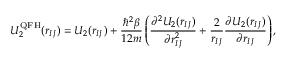
U _ { 2 } ^ { \mathrm { Q F H } } ( r _ { I J } ) = U _ { 2 } ( r _ { I J } ) + \frac { \hbar ^ { 2 } \beta } { 1 2 m } \left( \frac { \partial ^ { 2 } U _ { 2 } ( r _ { I J } ) } { \partial r _ { I J } ^ { 2 } } + \frac { 2 } { r _ { I J } } \frac { \partial U _ { 2 } ( r _ { I J } ) } { \partial r _ { I J } } \right) ,